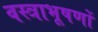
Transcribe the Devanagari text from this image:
वस्‍त्राभूषणों